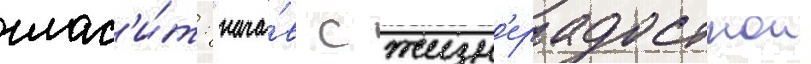
глас'и́т: "нача́в с жизн'ерадостнои